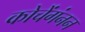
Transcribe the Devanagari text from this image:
कोचेंगंनन